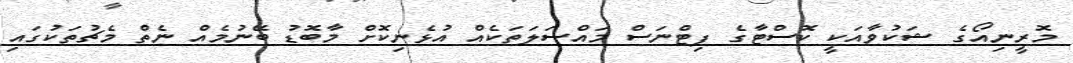
މޮރީނިއޯގެ ޝަކުވާއަކީ ކޮސްޓާގެ ފިޓްނަސް މައްސަލަތަކެއް އުޅެނިކޮށް މާބޮޑު ބޭނުމެއް ނެތް މެޗުތަކުގައި